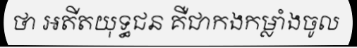
ថា អតីតយុទ្ធជន គឺជាកងកម្លាំងចូល